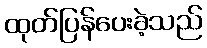
ထုတ်ပြန်ပေးခဲ့သည်